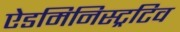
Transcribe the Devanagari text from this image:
ऐडमिनिस्ट्रटिव